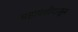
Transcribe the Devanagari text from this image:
चहापत्तीपासून